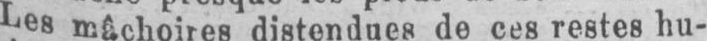
Les mâchoires distendues de ces restes hu-